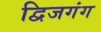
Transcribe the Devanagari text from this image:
द्विजगंग